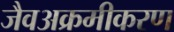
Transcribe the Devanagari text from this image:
जैवअक्रमीकरण